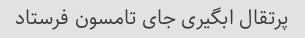
پرتقال ابگیری جای تامسون فرستاد